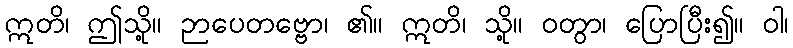
ဣတိ၊ ဤသို့။ ဉာပေတဗ္ဗော၊ ၏။ ဣတိ၊ သို့။ ဝတွာ၊ ပြောပြီး၍။ ဝါ၊